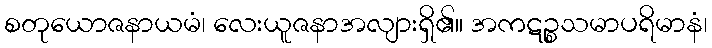
စတုယောဇနာယမံ၊ လေးယူဇနာအလျားရှိ၏။ အကဋဉ္စသမာပရိမာနံ၊